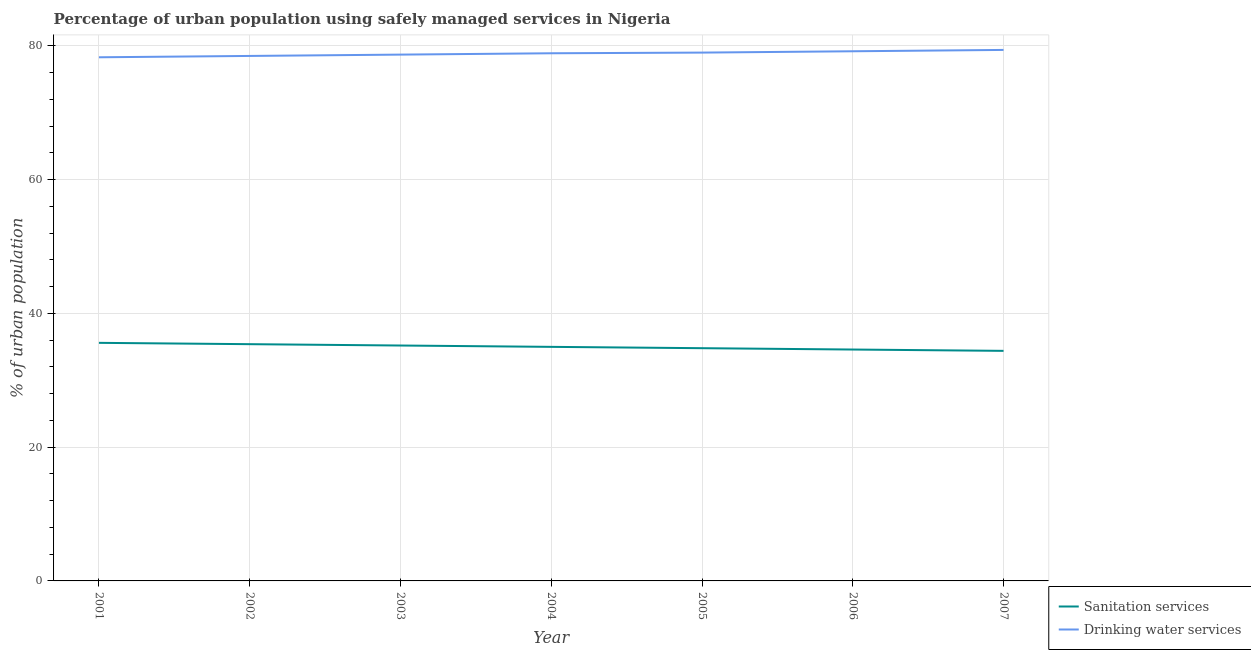
| Year | Sanitation services | Drinking water services |
 | --- | --- | --- |
 | 2001 | 35.6 | 78.3 |
 | 2002 | 35.4 | 78.5 |
 | 2003 | 35.2 | 78.7 |
 | 2004 | 35 | 78.9 |
 | 2005 | 34.8 | 79 |
 | 2006 | 34.6 | 79.2 |
 | 2007 | 34.4 | 79.4 |